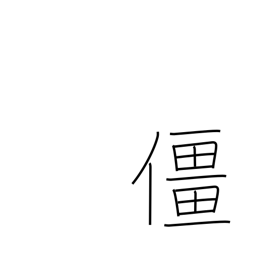
Meaning: collapse